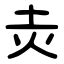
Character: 灻